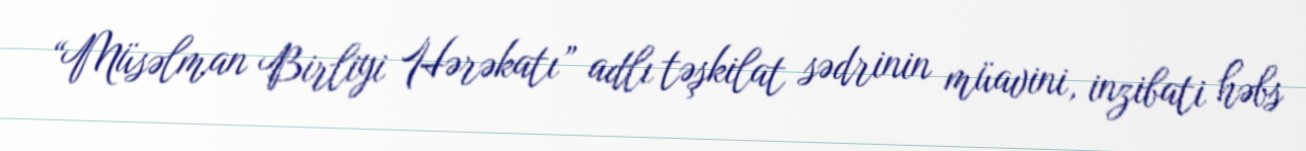
“Müsəlman Birliyi Hərəkatı” adlı təşkilat sədrinin müavini, inzibati həbs